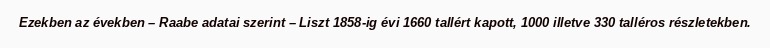
Ezekben az években – Raabe adatai szerint – Liszt 1858-ig évi 1660 tallért kapott, 1000 illetve 330 talléros részletekben.